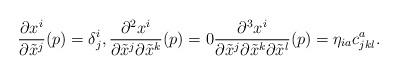
LaTeX: \begin{align*}\frac{\partial x^i}{\partial \tilde{x}^j}(p)=\delta^i_j,\frac{\partial^2 x^i}{\partial \tilde{x}^j\partial \tilde{x}^k}(p)=0\frac{\partial^3 x^i}{\partial \tilde{x}^j\partial\tilde{x}^k\partial\tilde{x}^l}(p)=\eta_{ia}c^a_{jkl}.\end{align*}